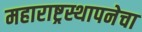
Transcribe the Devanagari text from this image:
महाराष्ट्रस्थापनेचा